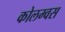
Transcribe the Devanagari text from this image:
कोलम्वस